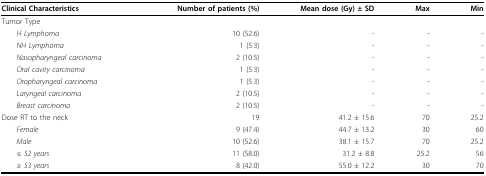
| Clinical Characteristics | Number of patients (%) | Mean dose (Gy) ± SD | Max | Min |
 | --- | --- | --- | --- | --- |
 | Tumor Type |  |  |  |  |
 | H Lymphoma | 10 (52.6) | - | - | - |
 | NH Lymphoma | 1 (5.3) | - | - | - |
 | Nasopharyngeal carcinoma | 2 (10.5) | - | - | - |
 | Oral cavity carcinoma | 1 (5.3) | - | - | - |
 | Oropharyngeal carcinoma | 1 (5.3) | - | - | - |
 | Laryngeal carcinoma | 2 (10.5) | - | - | - |
 | Breast carcinoma | 2 (10.5) | - | - | - |
 | Dose RT to the neck | 19 | 41.2 ± 15.6 | 70 | 25.2 |
 | Female | 9 (47.4) | 44.7 ± 13.2 | 30 | 60 |
 | Male | 10 (52.6) | 38.1 ± 15.7 | 70 | 25.2 |
 | ≤ 52 years | 11 (58.0) | 31.2 ± 8.8 | 25.2 | 56 |
 | ≥ 53 years | 8 (42.0) | 55.0 ± 12.2 | 30 | 70 |